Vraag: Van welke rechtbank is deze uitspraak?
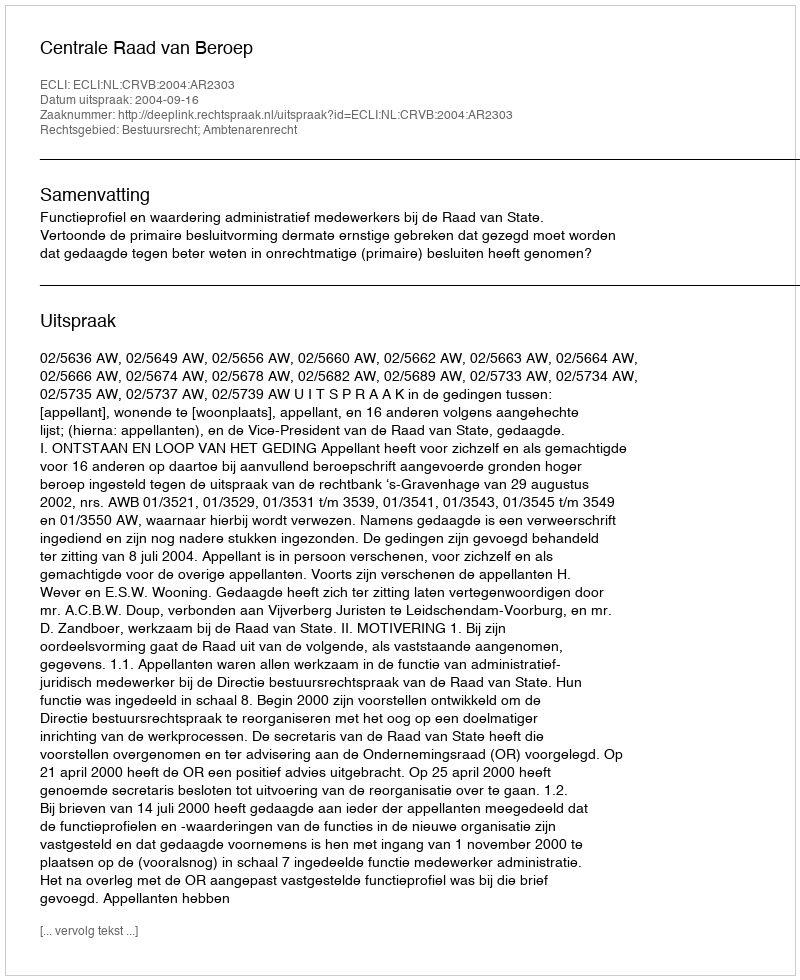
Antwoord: Centrale Raad van Beroep